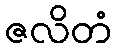
ဇလိတံ